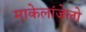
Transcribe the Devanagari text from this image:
माकेलांजेलो